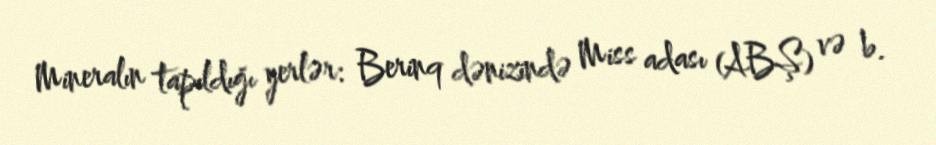
Mineralın tapıldığı yerlər: Berinq dənizində Miss adası (ABŞ) və b.